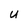
Character: U